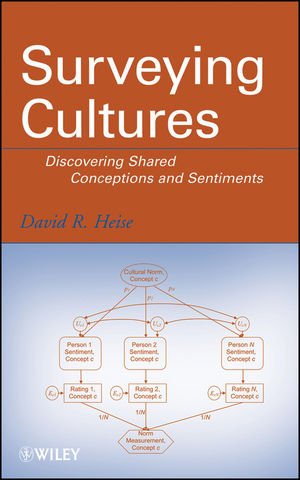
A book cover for Surveying Cultures: Discovering Shared Conceptions and Sentiments; David R. Heise; Science & Math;